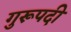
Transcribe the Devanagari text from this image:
गुरूपदी